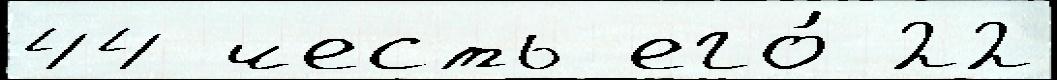
44 честь его́ 22